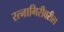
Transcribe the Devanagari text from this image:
रत्नागिरीवरील